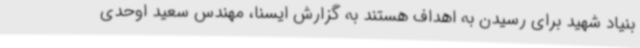
بنیاد شهید برای رسیدن به اهداف هستند به گزارش ایسنا، مهندس سعید اوحدی